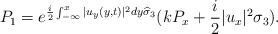
\begin{align*}&P_1=e^{\frac{i}{2} \int_{-\infty}^x|u_y(y, t)|^2 dy \widehat{\sigma}_{3}}(k P_x+\frac{i}{2} |u_x|^2 \sigma_{3}).\end{align*}